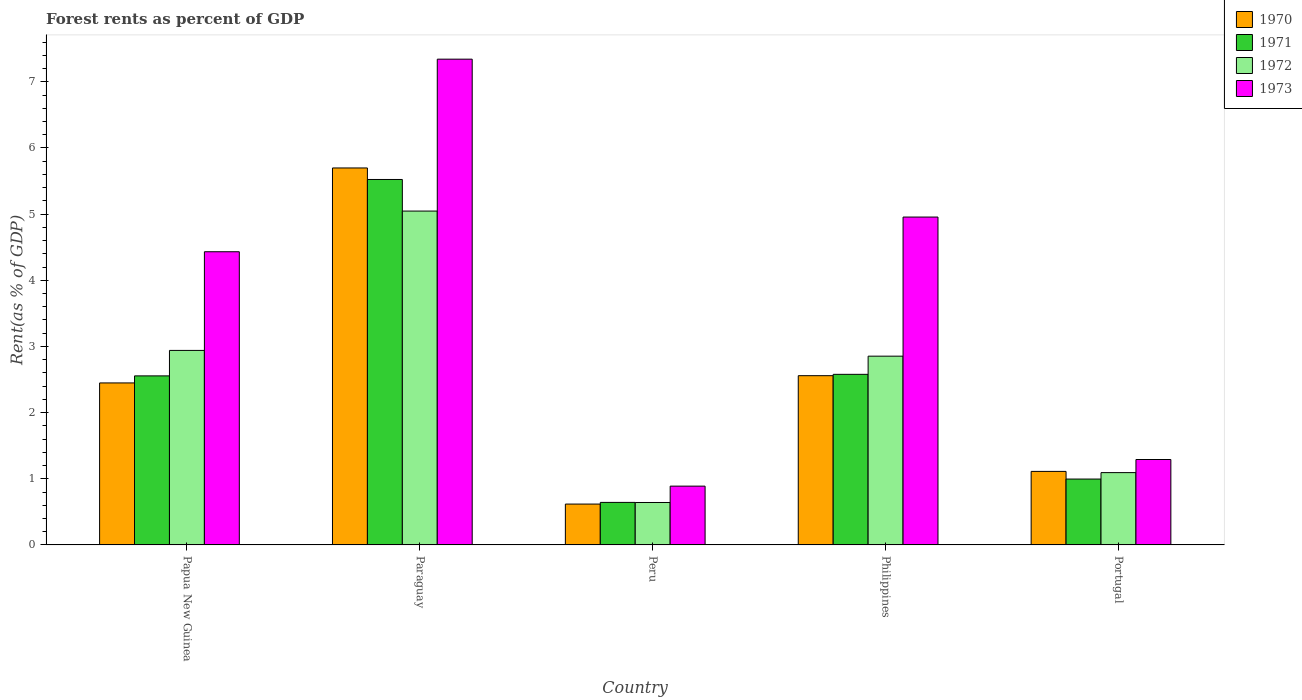
| Country | 1970 | 1971 | 1972 | 1973 |
 | --- | --- | --- | --- | --- |
 | Papua New Guinea | 2.45 | 2.56 | 2.94 | 4.43 |
 | Paraguay | 5.7 | 5.52 | 5.05 | 7.34 |
 | Peru | 0.618 | 0.643 | 0.642 | 0.889 |
 | Philippines | 2.56 | 2.58 | 2.85 | 4.96 |
 | Portugal | 1.11 | 0.996 | 1.09 | 1.29 |